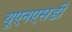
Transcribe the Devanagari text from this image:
यूएनएसडी